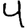
Digit: 4